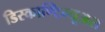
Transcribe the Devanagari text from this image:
डिस्काण्टिन्यूअस